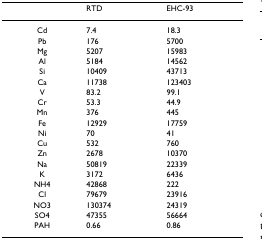
|  | RTD | EHC-93 |
 | --- | --- | --- |
 | Cd | 7.4 | 18.3 |
 | Pb | 176 | 5700 |
 | Mg | 5207 | 15983 |
 | Al | 5184 | 14562 |
 | Si | 10409 | 43713 |
 | Ca | 11738 | 123403 |
 | V | 83.2 | 99.1 |
 | Cr | 53.3 | 44.9 |
 | Mn | 376 | 445 |
 | Fe | 12929 | 17759 |
 | Ni | 70 | 41 |
 | Cu | 532 | 760 |
 | Zn | 2678 | 10370 |
 | Na | 50819 | 22339 |
 | K | 3172 | 6436 |
 | NH4 | 42868 | 222 |
 | Cl | 79679 | 23916 |
 | NO3 | 130374 | 24319 |
 | SO4 | 47355 | 56664 |
 | PAH | 0.66 | 0.86 |